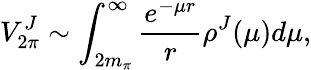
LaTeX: V_{2\pi}^{J}\sim\int_{2m_{\pi}}^{\infty}\frac{e^{-\mu r}}{r}\rho^{J}(\mu)d\mu,